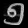
Digit: ၅